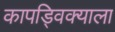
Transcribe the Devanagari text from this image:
कापड्विक्याला